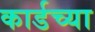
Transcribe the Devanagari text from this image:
कार्डच्या